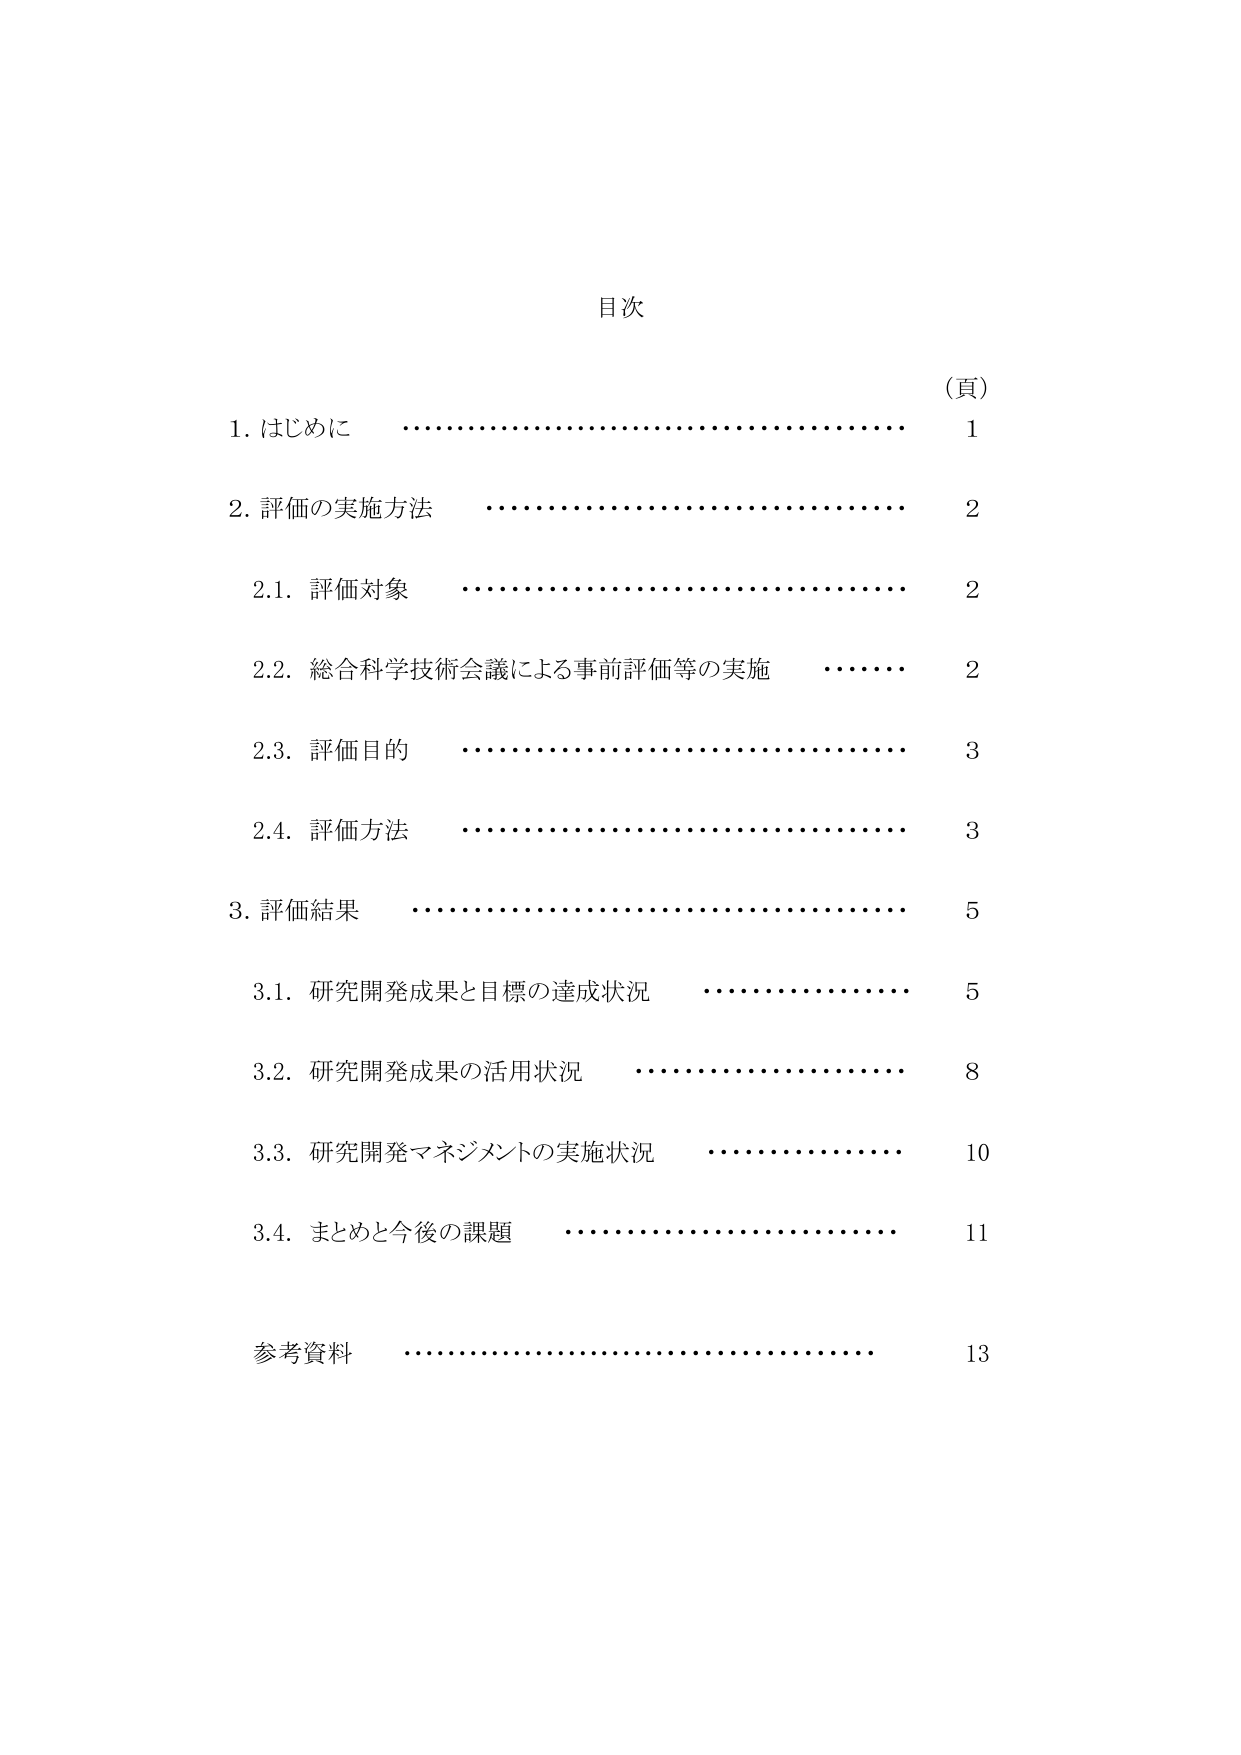
目次

（頁）
1. はじめに ………………………………………… 1
2. 評価の実施方法 ………………………………… 2
　2.1. 評価対象 …………………………………… 2
　2.2. 総合科学技術会議による事前評価等の実施 …… 2
　2.3. 評価目的 …………………………………… 3
　2.4. 評価方法 …………………………………… 3
3. 評価結果 ………………………………………… 5
　3.1. 研究開発成果と目標の達成状況 ……………… 5
　3.2. 研究開発成果の活用状況 …………………… 8
　3.3. 研究開発マネジメントの実施状況 …………… 10
　3.4. まとめと今後の課題 ………………………… 11
参考資料 ………………………………………… 13